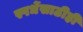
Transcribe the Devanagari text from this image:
स्पर्धेसाठीही